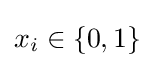
x_{i}\in \{0,1\}\,\!